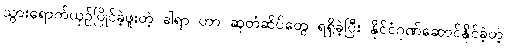
သွားရောက်ယှဉ်ပြိုင်ခဲ့ဖူးတဲ့ ခါရာ ဟာ ဆုတံဆိပ်တွေ ရရှိခဲ့ပြီး နိုင်ငံဂုဏ်ဆောင်နိုင်ခဲ့တဲ့